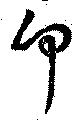
卬